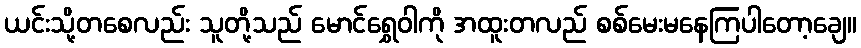
ယင်းသို့တစေလည်း သူတို့သည် မောင်ရွှေဝါကို အထူးတလည် စစ်မေးမနေကြပါတော့ချေ။